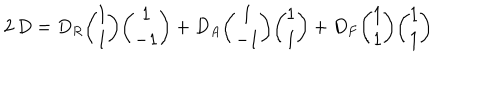
LaTeX: 2 \, D = D _ { R } { \binom { 1 } { 1 } } { \binom { 1 } { - 1 } } + D _ { A } { \binom { 1 } { - 1 } } { \binom { 1 } { 1 } } + D _ { F } { \binom { 1 } { 1 } } { \binom { 1 } { 1 } }